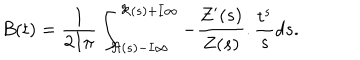
LaTeX: B ( t ) = \frac { 1 } { 2 I \pi } \int _ { \Re ( s ) - I \infty } ^ { \Re ( s ) + I \infty } - \frac { Z ^ { \prime } ( s ) } { Z ( s ) } . \frac { t ^ { s } } { s } d s .